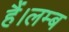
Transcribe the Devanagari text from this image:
हैं।लम्ब